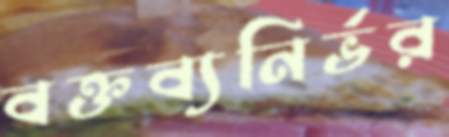
বক্তব্যনির্ভর